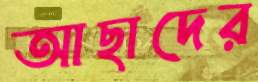
আছাদের